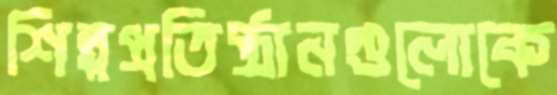
শিল্পপ্রতিষ্ঠানগুলোকে